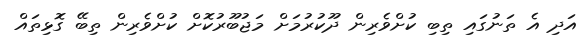
އަދި އެ ތަނުގައި ތިބި ކުށްވެރިން ދޫކުރުމަށް މަޖުބޫރުކޮށް ކުށްވެރިން ތިބޭ ގޮޅިތައް